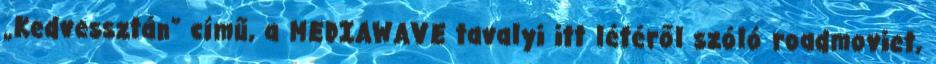
„Kedvessztán” című, a MEDIAWAVE tavalyi itt létéről szóló roadmoviet,